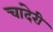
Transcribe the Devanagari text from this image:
चांदेरी